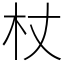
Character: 杖